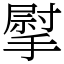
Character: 𢲴